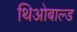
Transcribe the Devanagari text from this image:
थिओबाल्ड